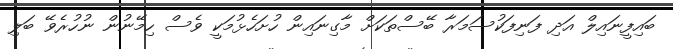
ބައިފީނައިލް އަދި ފަނިފަކުސަމަރާ ބޭސްތަކަށް މާގިނައިން ހުށަހެޅުމަކީ ވެސް ހިމޭނުން ނުހުރެވޭ ބަލި